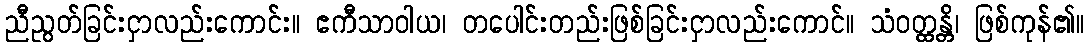
ညီညွတ်ခြင်းငှာလည်းကောင်း။ ဧကီသာဝါယ၊ တပေါင်းတည်းဖြစ်ခြင်းငှာလည်းကောင်။ သံဝတ္ထန္တိ၊ ဖြစ်ကုန်၏။